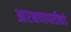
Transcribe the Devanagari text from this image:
आरक्षणापलीकडे